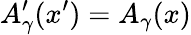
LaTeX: A_{\gamma}^{\prime}(x^{\prime})=A_{\gamma}(x)